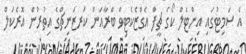
އެ ސަމިޓުގައި އިންޓެލް ކޯގެ ޗީފް އެގްޒެކެޓިވް ބްރާއަން ކަރޒަނިޗްގެ އިތުރުން އޮރެކަލް